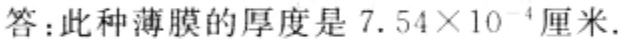
答：此种薄膜的厚度是\(7.54\times10^{-4}\)厘米.